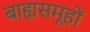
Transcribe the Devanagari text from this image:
बाह्यसमूहों